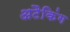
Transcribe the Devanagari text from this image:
अटैकिंग